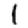
Digit: 1